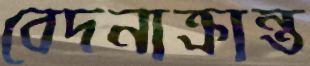
বেদনাক্রান্ত